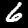
Digit: 6